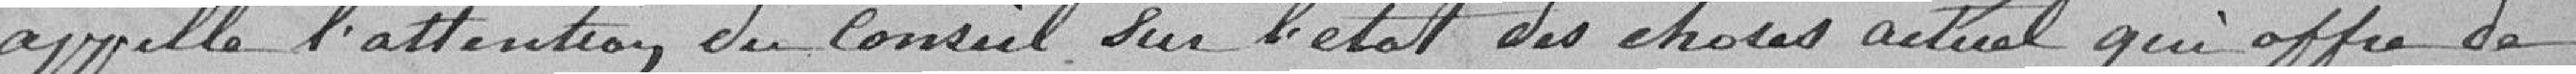
appelle l'attention du Conseil sur l'état des choses actuel qui offre de